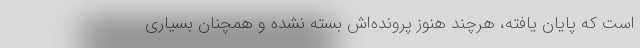
است که پایان یافته، هرچند هنوز پرونده‌اش بسته نشده و همچنان بسیاری